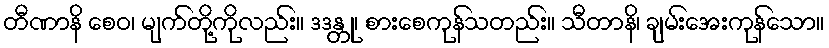
တီဏာနိ စေဝ၊ မျက်တို့ကိုလည်း။ ဒဒန္တု၊ စားစေကုန်သတည်း။ သီတာနိ၊ ချမ်းအေးကုန်သော။